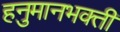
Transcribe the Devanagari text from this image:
हनुमानभक्ती